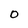
Character: 0